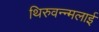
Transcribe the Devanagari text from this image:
थिरुवन्न्मलाई